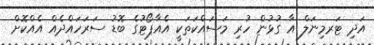
އަދި ޓަރމިނަލް އާ ގުޅުން ހުރި މަސައްކަތަކީ އެއާޕޯޓުގެ ބޮޑު ސަރަހައްދެއް އެއްކޮށް